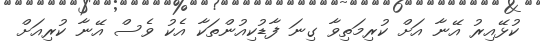
ކުޅޭއިރު އޭނާ އަށް ކުރިމަތިވާ ގިނަ ފާޑުކިއުންތަކާ އެކު ވެސް އޭނާ ކުރިއަށް